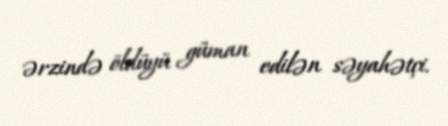
ərzində öldüyü güman edilən səyahətçi.